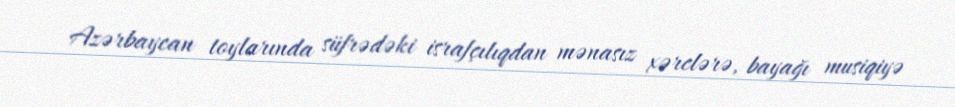
Azərbaycan toylarında süfrədəki israfçılıqdan mənasız xərclərə, bayağı musiqiyə